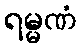
ရမ္မဏံ